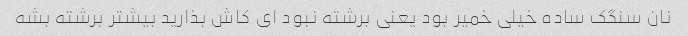
نان سنگک ساده خیلی خمیر بود یعنی برشته نبود ای کاش بذارید بیشتر برشته بشه